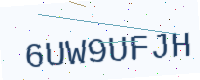
Text: 6UW9UFJH